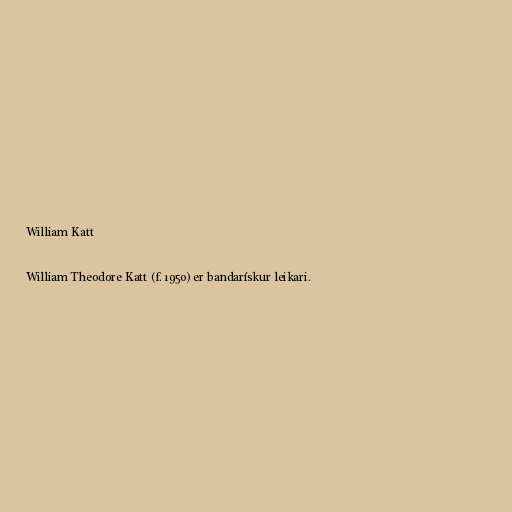
William Katt

William Theodore Katt (f. 1950) er bandarískur leikari.